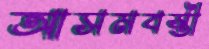
আসমবস্তী